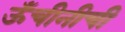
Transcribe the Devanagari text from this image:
ऊँचीनीची